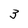
Character: 3